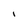
Character: l